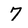
Character: 7